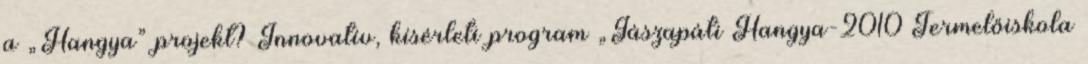
a „Hangya” projekt? Innovatív, kísérleti program „Jászapáti Hangya-2010 Termelőiskola